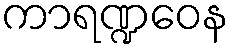
ကာရဏ္ဍဝေန